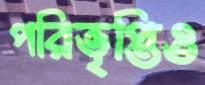
পরিতৃপ্তিও